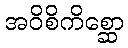
အဝိစိကိစ္ဆော